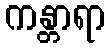
ကန္တာရာ